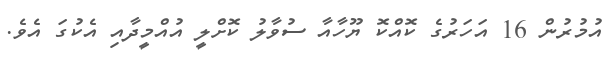
އުމުރުން 16 އަހަރުގެ ކޮއްކޮ ޔޫހާއާ ސުވާލު ކޮށްލީ އުއްމީދާއި އެކުގަ އެވެ.